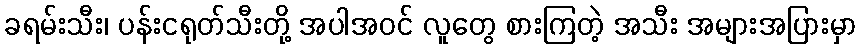
ခရမ်းသီး၊ ပန်းငရုတ်သီးတို့ အပါအဝင် လူတွေ စားကြတဲ့ အသီး အများအပြားမှာ